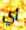
أي